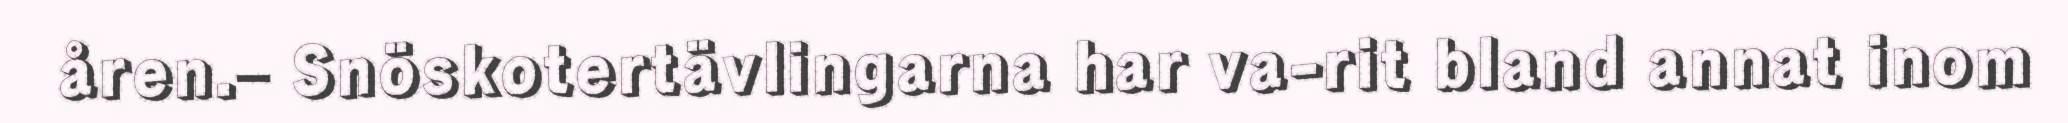
åren.– Snöskotertävlingarna har va-rit bland annat inom